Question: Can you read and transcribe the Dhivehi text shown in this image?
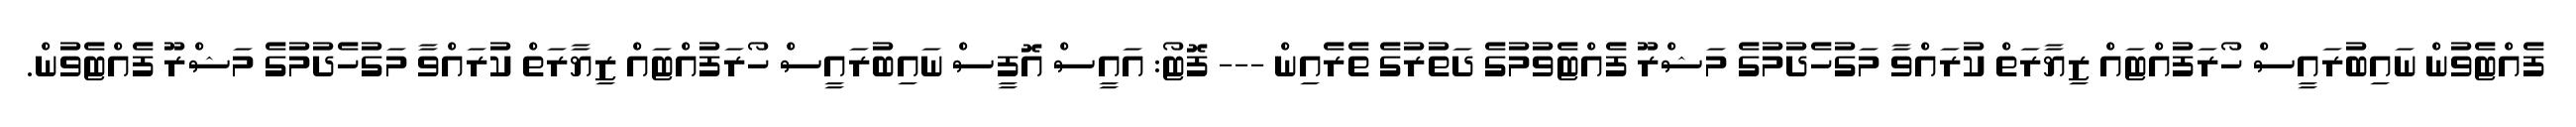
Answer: ފެއްޓެވުން ނައިބުރައީސް ހޯރަފުއްޓައް ޒިޔާރަތް ކުރައްވާ މަގުހެދުމުގެ މަޝްރޫ ފެއްޓެވުމުގެ ދަތުރުގެ ތެރެއިން --- ފޮޓޯ: އައީސް އޮފީސް ނައިބުރައީސް ހޯރަފުއްޓައް ޒިޔާރަތް ކުރައްވާ މަގުހެދުމުގެ މަޝްރޫ ފެއްޓެވުން.